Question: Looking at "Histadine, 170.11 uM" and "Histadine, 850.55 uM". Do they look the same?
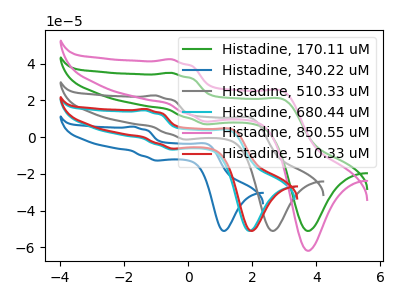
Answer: <think>The green curve "Histadine, 170.11 uM" has anodic peaks at (-0.55V, 35.00uA) (3.00V, 20.40uA) and cathodic peaks at (0.70V, 7.00uA) (3.75V, -51.10uA). The blue curve "Histadine, 340.22 uM" has anodic peaks at (-1.70V, 5.70uA) (0.60V, -3.90uA) and cathodic peaks at (-0.90V, -12.75uA) (1.15V, -51.10uA). The gray curve "Histadine, 510.33 uM" has anodic peaks at (-1.05V, 22.70uA) (2.00V, 10.20uA) and cathodic peaks at (0.00V, -1.30uA) (2.65V, -51.10uA). The cyan curve "Histadine, 680.44 uM" has anodic peaks at (-1.35V, 14.60uA) (1.35V, 3.45uA) and cathodic peaks at (-0.40V, -6.80uA) (1.95V, -51.10uA). The pink curve "Histadine, 850.55 uM" has anodic peaks at (-0.55V, 42.40uA) (3.00V, 24.75uA) and cathodic peaks at (0.70V, 8.45uA) (3.75V, -61.85uA). The red curve "Histadine, 510.33 uM" has anodic peaks at (-1.30V, 15.35uA) (1.40V, 4.10uA) and cathodic peaks at (-0.40V, -6.25uA) (2.00V, -51.10uA).
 All the peaks in "Histadine, 170.11 uM" have a peak in "Histadine, 850.55 uM" at the same potential.</think>
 <answer>"Histadine, 170.11 uM" and "Histadine, 850.55 uM" are similar in shape.</answer>
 <eval>same_shape</eval>